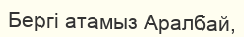
Бергі атамыз Аралбай,